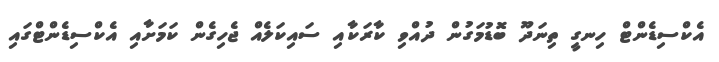
އެކްސިޑެންޓް ހިނގީ ތިނަދޫ ބޮޑުމަގުން ދުއްވި ކާރަކާއި ސައިކަލެއް ޖެހިގެން ކަމަށާއި އެކްސިޑެންޓްގައި